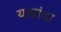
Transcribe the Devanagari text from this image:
यखांदा